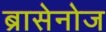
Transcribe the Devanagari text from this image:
ब्रासेनोज